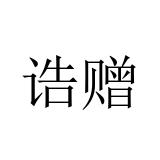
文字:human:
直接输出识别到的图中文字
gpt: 诰赠